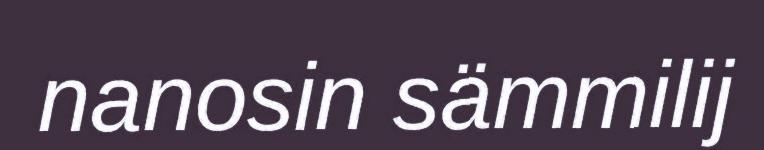
nanosin sämmilij